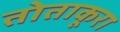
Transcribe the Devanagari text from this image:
तोताकूरा